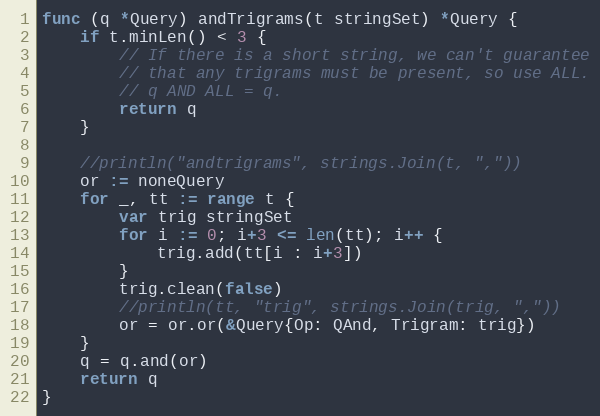
Language: Go
func (q *Query) andTrigrams(t stringSet) *Query {
	if t.minLen() < 3 {
		// If there is a short string, we can't guarantee
		// that any trigrams must be present, so use ALL.
		// q AND ALL = q.
		return q
	}

	//println("andtrigrams", strings.Join(t, ","))
	or := noneQuery
	for _, tt := range t {
		var trig stringSet
		for i := 0; i+3 <= len(tt); i++ {
			trig.add(tt[i : i+3])
		}
		trig.clean(false)
		//println(tt, "trig", strings.Join(trig, ","))
		or = or.or(&Query{Op: QAnd, Trigram: trig})
	}
	q = q.and(or)
	return q
}